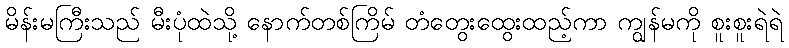
မိန်းမကြီးသည် မီးပုံထဲသို့ နောက်တစ်ကြိမ် တံတွေးထွေးထည့်ကာ ကျွန်မကို စူးစူးရဲရဲ